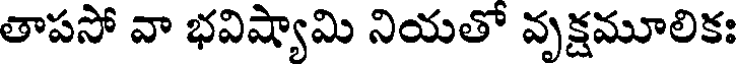
తాపసో వా భవిష్యామి నియతో వృక్షమూలికః